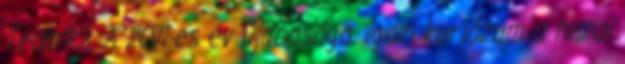
Teamtól. A 2011-es év újdonsága, igazi kuriózum a hazai